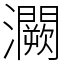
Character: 灍